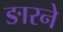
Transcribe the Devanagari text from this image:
ङारने